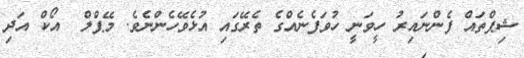
ޝިޕްތައް ފެންނައިރު ހީވަނީ ހުވަފެނެއްގެ ތެރޭގައި އުޅެވޭހެންނެވެ. މޭޕްލް  އޯކް އަދި